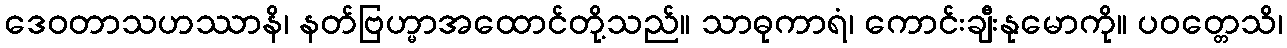
ဒေဝတာသဟဿာနိ၊ နတ်ဗြဟ္မာအထောင်တို့သည်။ သာဓုကာရံ၊ ကောင်းချီးနုမောကို။ ပဝတ္တေသိ၊